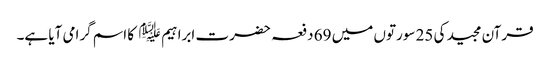
قرآن مجید کی 25 سورتوں میں 69 دفعہ حضرت ابراہیم ﷤ کا اسم گرامی آیا ہے۔